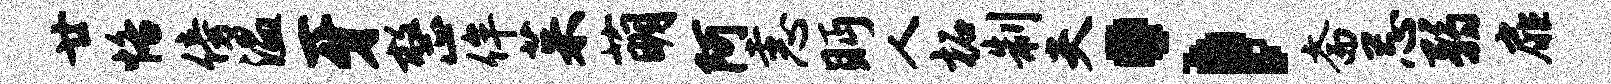
廿恪傍温牙整侔茱萌阿恚眄人柘制夫；斋忌弱扉